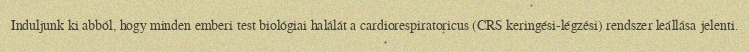
Induljunk ki abból, hogy minden emberi test biológiai halálát a cardiorespiratoricus (CRS keringési-légzési) rendszer leállása jelenti.